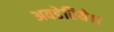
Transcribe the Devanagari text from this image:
अवडेरिये।।